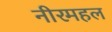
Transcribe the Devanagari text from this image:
नीरमहल